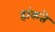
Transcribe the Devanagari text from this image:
हांकते